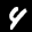
Label: 4